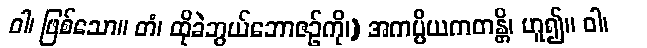
ဝါ၊ ဖြစ်သော။ တံ၊ ထိုခဲဘွယ်ဘောဇဉ်ကို၊) အကပ္ပိယကတန္တိ၊ ဟူ၍။ ဝါ၊